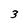
Character: 3